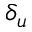
\delta _ { u }